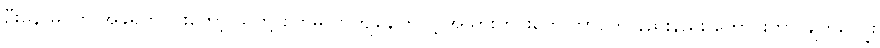
ဦးနော်မိုင်က အခုရက်ပိုင်းတော့ သူတို့ စိတ်ဓာတ်ကျနေကြလို့ အသားဟင်းတွေ ဘာတွေ နည်းနည်း ကောင်းတာ ချက်ကျွေး